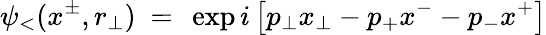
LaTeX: \psi_{<}(x^{\pm},r_{\perp})~=~\exp i\left[p_{\perp}x_{\perp}-p_{+}x^{-}-p_{-}x^{+}\right]